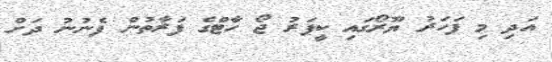
އަދި މި ފަހަރު ޔޫރޯގައި ކީޕަރު ޖޯ ހާޓްގެ ފަރާތުން ފެނުނު ދަށް